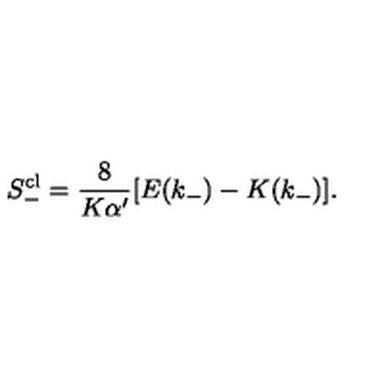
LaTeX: S _ { - } ^ { \mathrm { c l } } = \frac { 8 } { K \alpha ^ { \prime } } [ E ( k _ { - } ) - K ( k _ { - } ) ] .